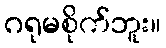
ဂရုမစိုက်ဘူး။